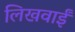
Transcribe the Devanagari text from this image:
लिखवाईं